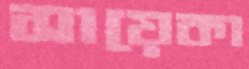
সায়েকা